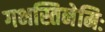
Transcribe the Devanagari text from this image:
गभस्तिनेमिः